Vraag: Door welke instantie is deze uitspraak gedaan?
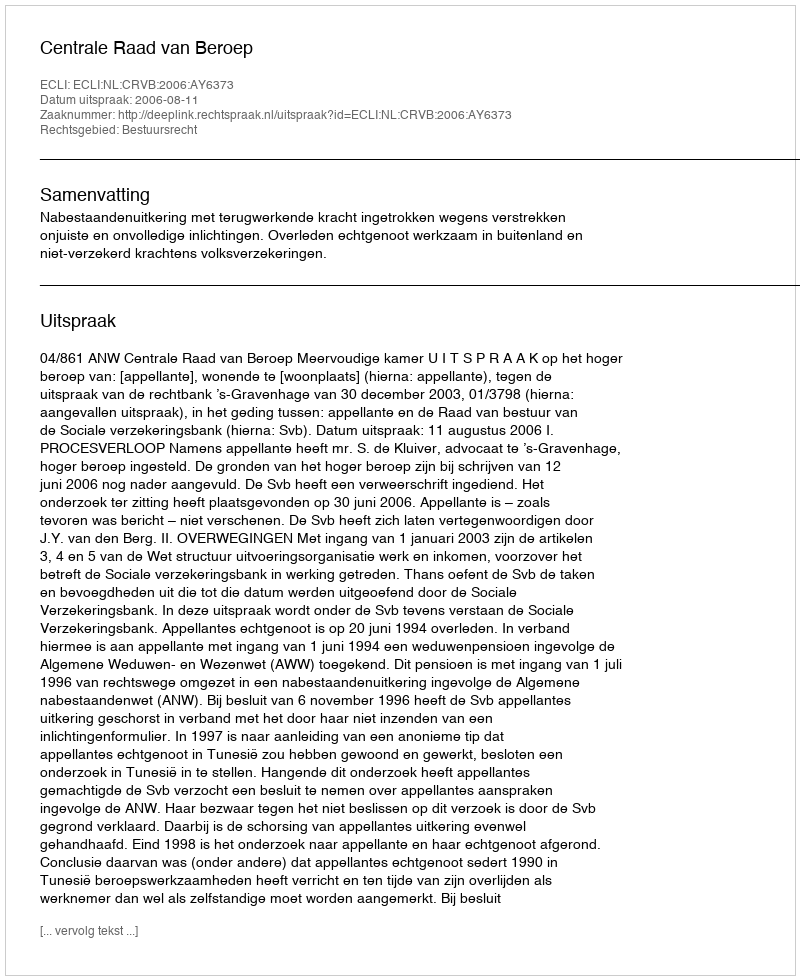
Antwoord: Centrale Raad van Beroep